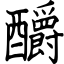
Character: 釂